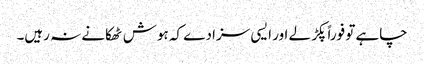
چاہے تو فوراً پکڑ لے اور ایسی سزا دے کہ ہوش ٹھکانے نہ رہیں۔